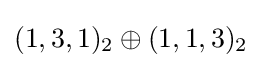
(1,3,1)_{2}\oplus (1,1,3)_{2}\